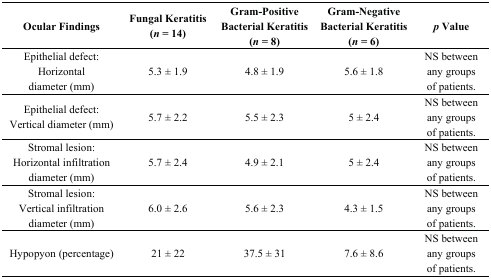
<table><thead><tr><td><b>Ocular Findings</b></td><td><b>Fungal Keratitis (<i>n</i> = 14)</b></td><td><b>Gram-Positive Bacterial Keratitis (<i>n</i> = 8)</b></td><td><b>Gram-Negative Bacterial Keratitis (<i>n</i> = 6)</b></td><td><b><i>p</i> Value</b></td></tr></thead><tbody><tr><td>Epithelial defect: Horizontal diameter (mm)</td><td>5.3 ± 1.9</td><td>4.8 ± 1.9</td><td>5.6 ± 1.8</td><td>NS between any groups of patients.</td></tr><tr><td>Epithelial defect: Vertical diameter (mm)</td><td>5.7 ± 2.2</td><td>5.5 ± 2.3</td><td>5 ± 2.4</td><td>NS between any groups of patients.</td></tr><tr><td>Stromal lesion: Horizontal infiltration diameter (mm)</td><td>5.7 ± 2.4</td><td>4.9 ± 2.1</td><td>5 ± 2.4</td><td>NS between any groups of patients.</td></tr><tr><td>Stromal lesion: Vertical infiltration diameter (mm)</td><td>6.0 ± 2.6</td><td>5.6 ± 2.3</td><td>4.3 ± 1.5</td><td>NS between any groups of patients.</td></tr><tr><td>Hypopyon (percentage)</td><td>21 ± 22</td><td>37.5 ± 31</td><td>7.6 ± 8.6</td><td>NS between any groups of patients.</td></tr></tbody></table>